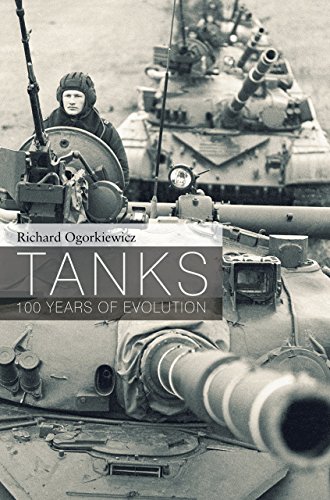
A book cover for Tanks: 100 Years of Evolution (General Military); Richard Ogorkiewicz; History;